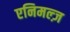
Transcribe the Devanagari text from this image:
एनिमल्ज़